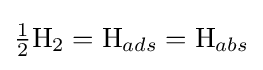
{\tfrac {1}{2}}\mathrm {H} _{2}=\mathrm {H} _{ads}=\mathrm {H} _{abs}